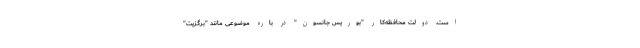
است. دولت محافظه‌کار "بوریس جانسون" در باره موضوعی مانند "برگزیت"